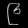
Digit: ၉